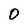
Character: 0